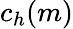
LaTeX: c_{h}(m)